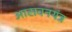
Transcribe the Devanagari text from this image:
आसवनयंत्र